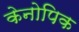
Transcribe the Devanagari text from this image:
केनोपिक